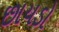
છાયડો